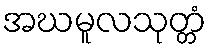
အဃမူလသုတ္တံ